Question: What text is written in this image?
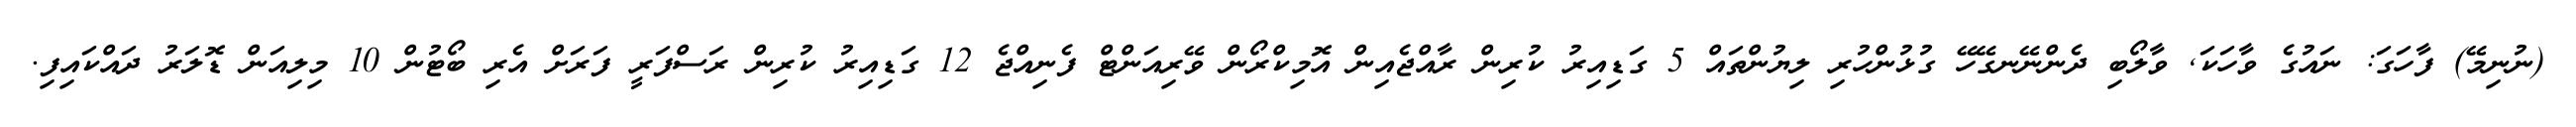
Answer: (ނުނިމޭ) ފާހަގަ: ނައުގެ ވާހަކަ, ވާލޯބި ދެންނޭނގޭހޭ ގުޅުންހުރި ލިޔުންތައް 5 ގަޑިއިރު ކުރިން ރާއްޖެއިން އޮމިކްރޯން ވޭރިއަންޓް ފެނިއްޖެ 12 ގަޑިއިރު ކުރިން ރަސްފަރީ ފަރަށް އެރި ބޯޓުން 10 މިލިއަން ޑޮލަރު ދައްކައިފި.